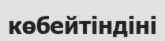
көбейтіндіні